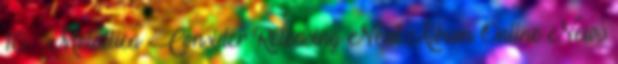
10. ↑ Metallica Consider Releasing Next Album Online News